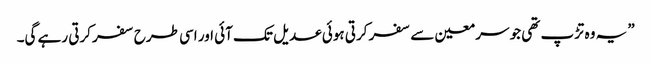
” یہ وہ تڑپ تھی جو سر معین سے سفر کرتی ہوئی عدیل تک آئی اور اسی طرح سفر کرتی رہے گی۔